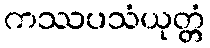
ကဿပသံယုတ္တံ